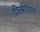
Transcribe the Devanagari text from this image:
फ़िल्मांतरण